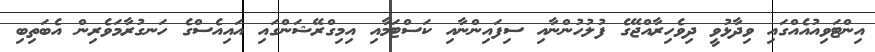
އިންޓަވިއުއެއްގައި ވިދާޅުވީ ދިވެހިރާއްޖޭގެ ފުލުހުންނާއި ސިފައިންނާއި ކަސްޓަމާއި އިމިގްރޭޝަންގައި އައިއެސްގެ ހަނގުރާމަވެރިން އެބަތިބި